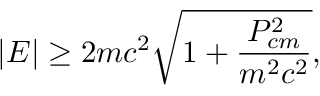
| E | \ge 2 m c ^ { 2 } \sqrt { 1 + \frac { P _ { c m } ^ { 2 } } { m ^ { 2 } c ^ { 2 } } } ,